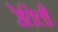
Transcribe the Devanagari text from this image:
रेतिली